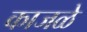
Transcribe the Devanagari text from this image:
काजळे